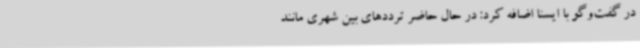
در گفت‌وگو با ایسنا اضافه کرد: در حال حاضر ترددهای بین شهری مانند